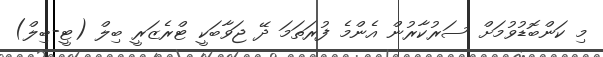
މި ކަންބޮޑުވުމަށް ސަރުކާރުން އެންމެ ފުރަތަމަ ދޭ ޖަވާބަކީ ޓްރެޒަރީ ބިލް (ޓީ-ބިލް)